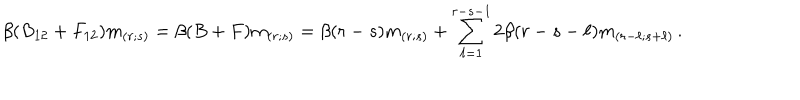
\beta ( B _ { 1 2 } + F _ { 1 2 } ) m _ { ( r ; s ) } = \beta ( B + F ) m _ { ( r ; s ) } = \beta ( r - s ) m _ { ( r ; s ) } + \sum _ { \ell = 1 } ^ { r - s - 1 } 2 \beta ( r - s - \ell ) m _ { ( r - \ell ; s + \ell ) } \, .